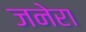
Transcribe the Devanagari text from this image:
जनेरा